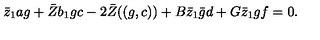
\bar { z } _ { 1 } a g + \bar { Z } b _ { 1 } g c - 2 \bar { Z } ( ( g , c ) ) + B \bar { z } _ { 1 } \bar { g } d + G \bar { z } _ { 1 } g f = 0 .